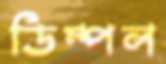
ডিম্পল